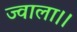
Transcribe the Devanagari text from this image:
ज्वाला।।